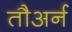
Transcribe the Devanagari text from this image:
तौअर्न